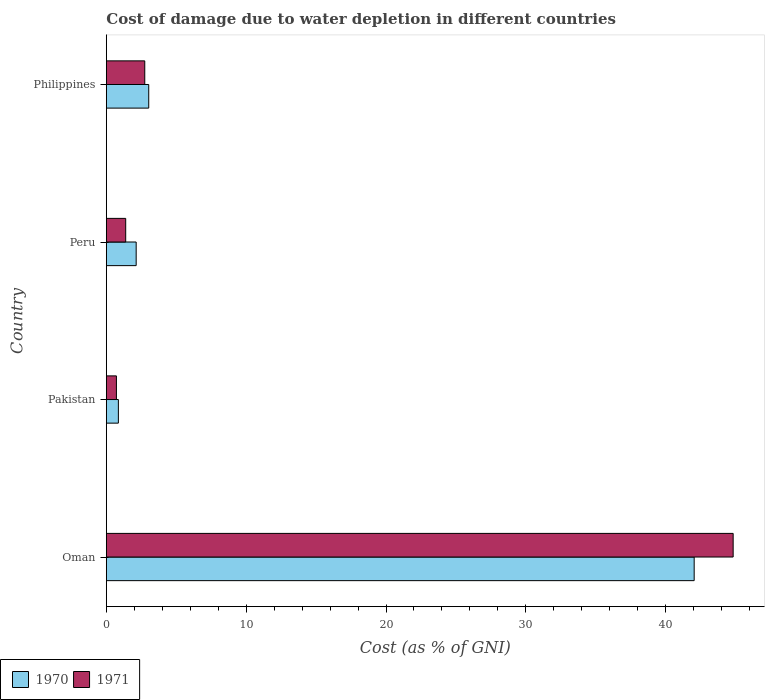
| Country | 1970 | 1971 |
 | --- | --- | --- |
 | Oman | 42 | 44.8 |
 | Pakistan | 0.861 | 0.721 |
 | Peru | 2.13 | 1.39 |
 | Philippines | 3.03 | 2.75 |